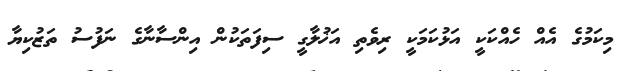
މިކަމުގެ އެއް ހެއްކަކީ އަޅުކަމަކީ ރިވެތި އަޚުލާގީ ސިފަތަކުން އިންސާނާގެ ނަފުސު ތަޒުކިޔާ